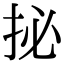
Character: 㧙